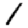
Digit: 1